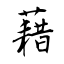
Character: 藉